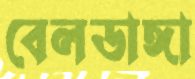
বেলডাঙ্গা